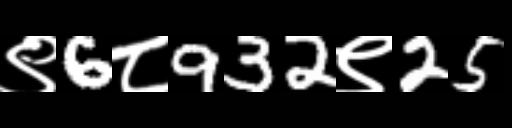
Text: ९6८932९25